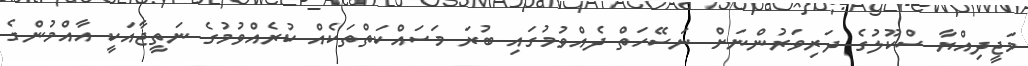
މަޖީދިއްޔާ ސްކޫލުގެ ދަރިވަރުންނަށް ނަސޭހަތް ދެއްވުމުގައި ބުރަ މަސައްކަތްތަކެއް ކުރެއްވުމުގެ ނަތީޖާއަކީ އާއްމުންގެ